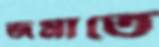
জমাতে